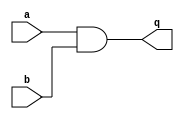
module top_module (
    input a,
    input b,
    output wire q );
    


assign q=a&b;

endmodule